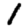
Digit: 1